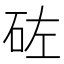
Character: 𥑰